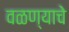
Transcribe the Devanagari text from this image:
वळण्याचे